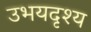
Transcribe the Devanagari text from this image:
उभयदृश्य